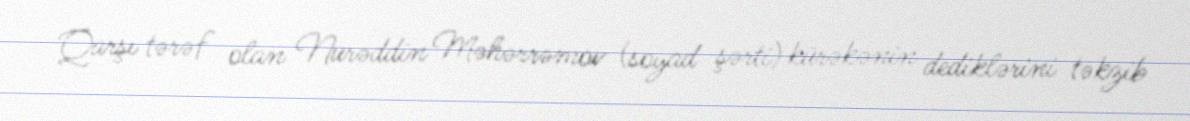
Qarşı tərəf olan Nurəddin Məhərrəmov (soyad şərti) kürəkənin dediklərini təkzib